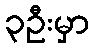
၃ဦးမှာ